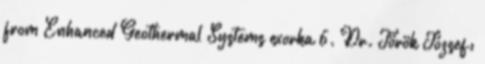
from Enhanced Geothermal Systems exorka 6. Dr. Török József: